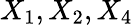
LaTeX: X_{1},X_{2},X_{4}